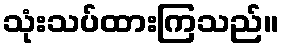
သုံးသပ်ထားကြသည်။